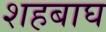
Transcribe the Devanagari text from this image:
शहबाघ